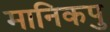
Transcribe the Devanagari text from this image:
मानिकपु